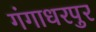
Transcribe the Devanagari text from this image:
गंगाधरपुर